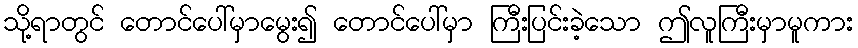
သို့ရာတွင် တောင်ပေါ်မှာမွေး၍ တောင်ပေါ်မှာ ကြီးပြင်းခဲ့သော ဤလူကြီးမှာမူကား